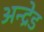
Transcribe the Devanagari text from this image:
अन्द्रेड